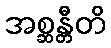
အစ္ဆန္တီတိ